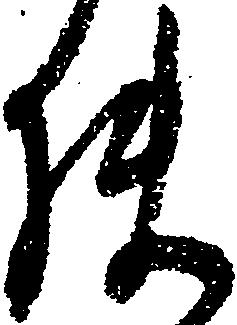
使